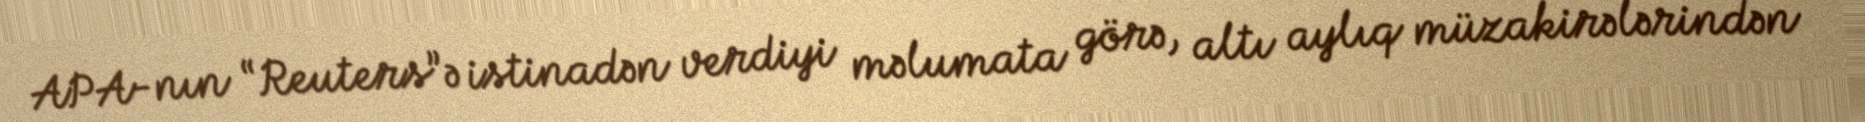
APA-nın “Reuters”ə istinadən verdiyi məlumata görə, altı aylıq müzakirələrindən